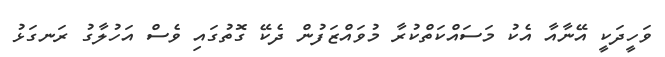
ވަހީދަކީ އޭނާއާ އެކު މަސައްކަތްކުރާ މުވައްޒަފުން ދެކޭ ގޮތުގައި ވެސް އަހުލާގު ރަނގަޅު